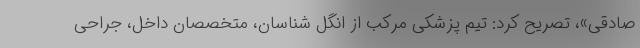
صادقی»، تصریح کرد: تیم پزشکی مرکب از انگل شناسان، متخصصان داخل، جراحی